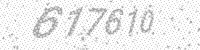
Solution: 617610